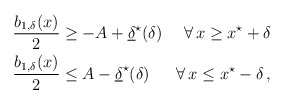
\begin{align*}\begin{aligned}\dfrac{b_{1,\delta}(x)}{2} &\geq -A + \underline{\delta}^\star (\delta) &\forall \, x \geq x^\star + \delta\\\dfrac{b_{1,\delta}(x)}{2} &\leq A - \underline{\delta}^\star (\delta) &\forall \, x \leq x^\star - \delta\,,\end{aligned} \end{align*}